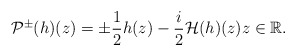
\begin{align*}\mathcal{P}^{\pm}(h)(z)=\pm \frac{1}{2} h(z)-\frac{i}{2} \mathcal{H}(h)(z) z \in \mathbb{R}.\end{align*}